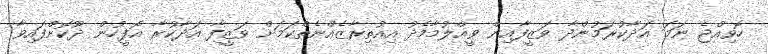
ހޮވިއްޖެ ނަމަ އަދާކުރަމުންދާ ވަޒީފާއިން ވީއްލުމާމެދު އިއުތިރާޒެއްނެތްކަމަށް ވަޒީފާ އަދާކުރާ އޮފީހުން ދޫކޮށްފައިވާ